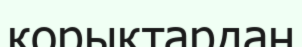
корықтардан